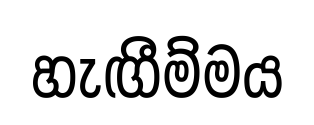
හැඟීම්මය